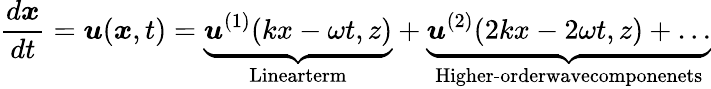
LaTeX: \frac{d\boldsymbol{x}}{dt}=\boldsymbol{u}(\boldsymbol{x},t)=\underbrace{\boldsymbol{u}^{(1)}(kx-\omega t,z)}_{\textnormal{Linearterm}}+\underbrace{\boldsymbol{u}^{(2)}(2kx-2\omega t,z)+\ldots}_{\textnormal{Higher-orderwavecomponenets}}